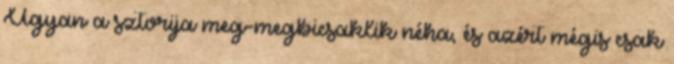
Ugyan a sztorija meg-megbicsaklik néha, és azért mégis csak